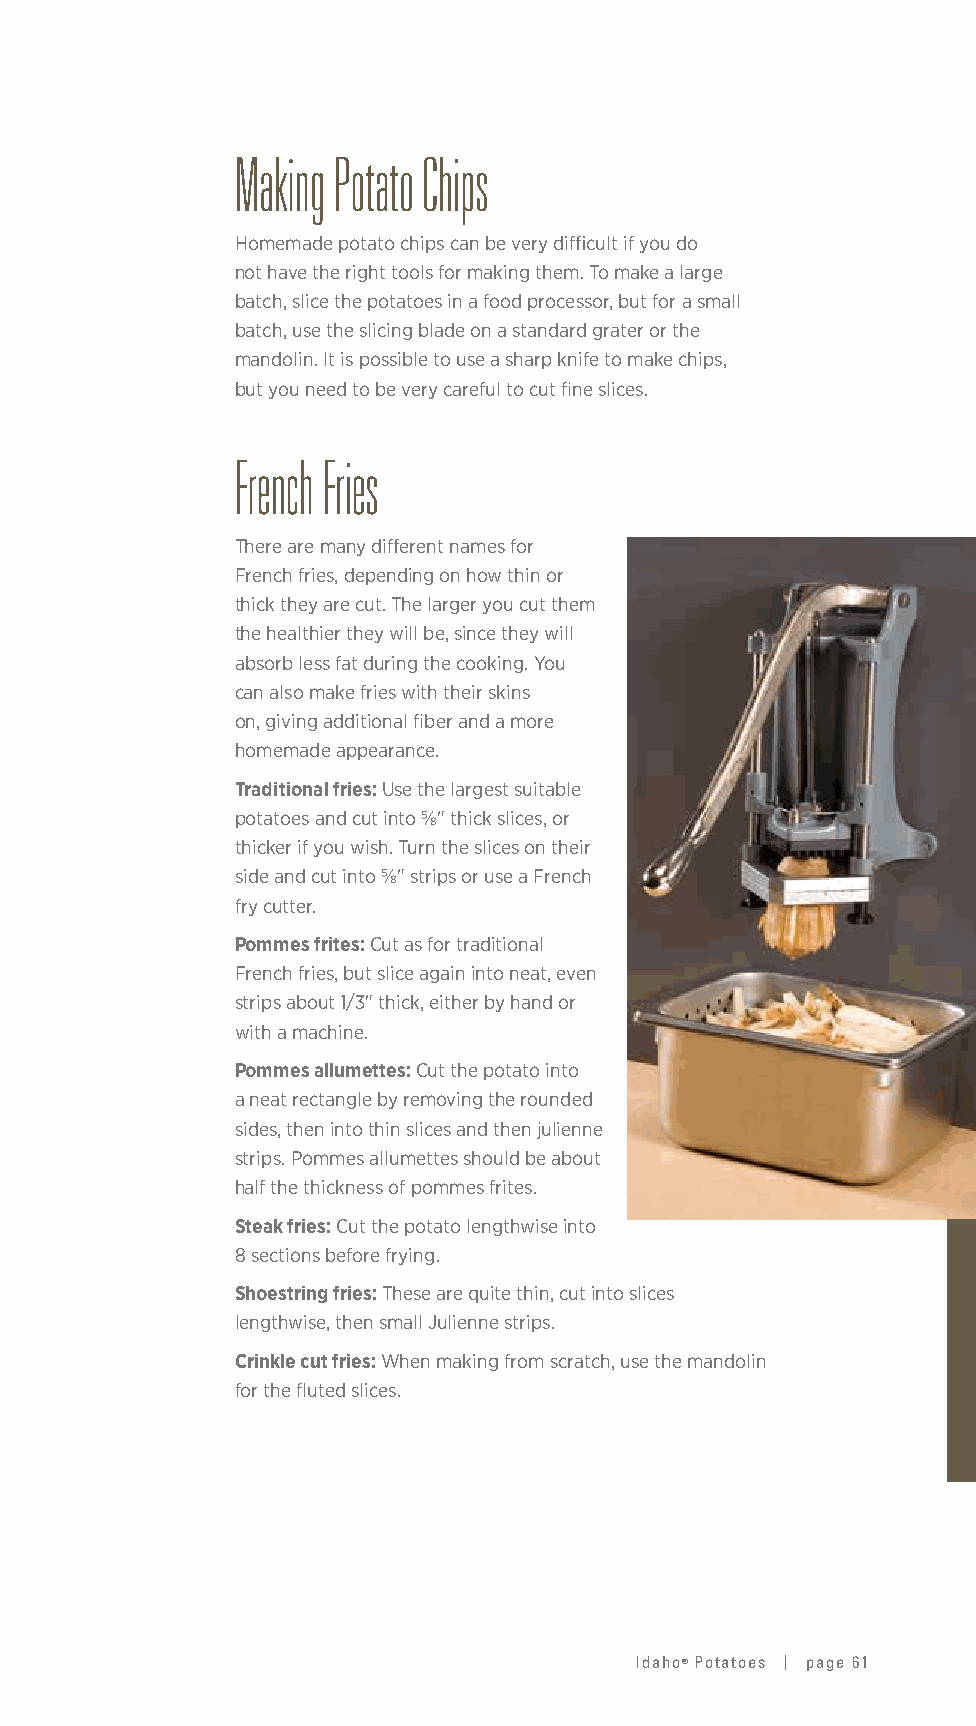
Making Potato Chips
 Homemade potato chips can be very difficult if you do
 not have the right tools for making them. To make a large
 batch, slice the potatoes in a food processor, but for a small
 batch, use the slicing blade on a standard grater or the
 mandolin. It is possible to use a sharp knife to make chips,
 but you need to be very careful to cut fine slices.
 French Fries
 There are many different names for
 French fries, depending on how thin or
 thick they are cut. The larger you cut them
 the healthier they will be, since they will
 absorb less fat during the cooking. You
 can also make fries with their skins
 on, giving additional fiber and a more
 homemade appearance.
 Traditional fries: Use the largest suitable
 potatoes and cut into ⅝" thick slices, or
 thicker if you wish. Turn the slices on their
 side and cut into ⅝" strips or use a French
 fry cutter.
 Pommes frites: Cut as for traditional
 French fries, but slice again into neat, even
 strips about 1/3" thick, either by hand or
 with a machine.
 Pommes allumettes: Cut the potato into
 a neat rectangle by removing the rounded
 sides, then into thin slices and then julienne
 strips. Pommes allumettes should be about
 half the thickness of pommes frites.
 Steak fries: Cut the potato lengthwise into
 8 sections before frying.
 Shoestring fries: These are quite thin, cut into slices
 lengthwise, then small Julienne strips.
 Crinkle cut fries: When making from scratch, use the mandolin
 for the fluted slices.
 Idaho® Potatoes | page 61